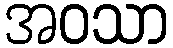
အဝသာ